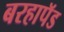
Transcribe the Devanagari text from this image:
बरहापॅड